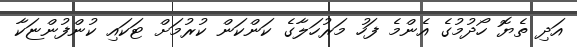
އަދި ތެޔޮ ހޯދުމުގެ އެންމެ ފަހު މަރުހަލާގެ ކަންކަން ކުރުމަށް ޓަކައި ކުންފުންޏަކާ